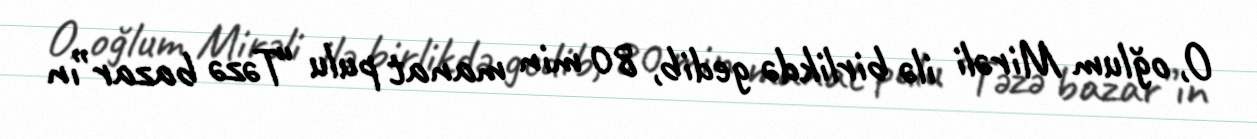
O, oğlum Mirəli ilə birlikdə gedib, 80 min manat pulu “Təzə bazar”ın